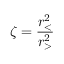
\zeta = \frac { r _ { < } ^ { 2 } } { r _ { > } ^ { 2 } }